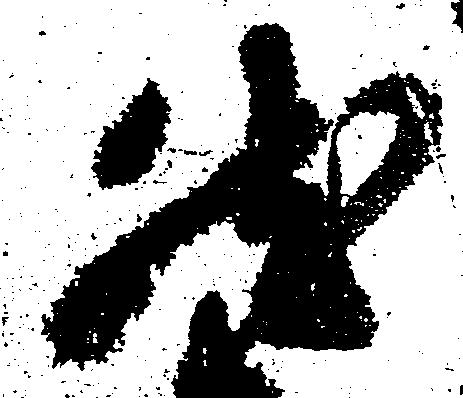
然